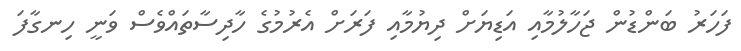
ފަހަރު ބަންޑުން ޖަހާލުމާއި އަޑިޔަށް ދިޔުމާއި ފަރަށް އެރުމުގެ ހާދިސާތައްވެސް ވަނީ ހިނގާފަ